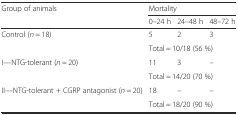
| <ROWSPAN=2> Group of animals | <COLSPAN=3> Mortality |
 | 0–24 h | 24–48 h | 48–72 h |
 | --- | --- | --- | --- |
 | <ROWSPAN=2> Control (n = 18) | 5 | 2 | 3 |
 | <COLSPAN=3> Total = 10/18 (56 %) |
 | <ROWSPAN=2> I—NTG-tolerant (n = 20) | 11 | 3 | – |
 | <COLSPAN=3> Total = 14/20 (70 %) |
 | <ROWSPAN=2> II—NTG-tolerant + CGRP antagonist (n = 20) | 18 | – | – |
 | <COLSPAN=3> Total = 18/20 (90 %) |